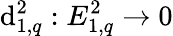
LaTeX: \mathrm{d}_{1,q}^{2}:E_{1,q}^{2}\to0